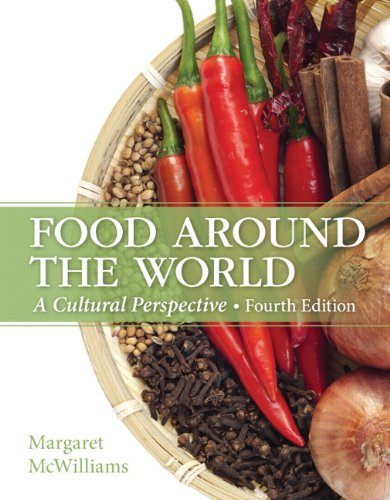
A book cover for Food Around the World: A Cultural Perspective (4th Edition); Margaret McWilliams; Cookbooks, Food & Wine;